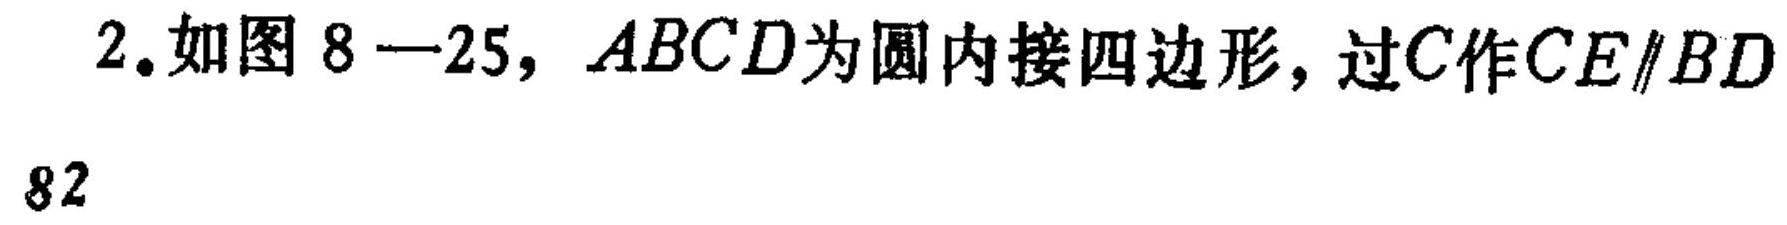
2.如图 \(8 - 25\)，\(ABCD\)为圆内接四边形，过\(C\)作\(CE\parallel BD\)
82